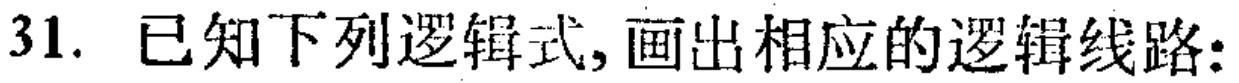
31. 已知下列逻辑式, 画出相应的逻辑线路: